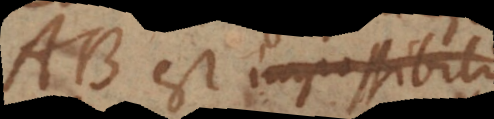
AB esse impossibilem